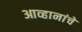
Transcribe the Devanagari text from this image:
आव्हानांचे